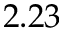
2 . 2 3